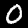
Label: 0